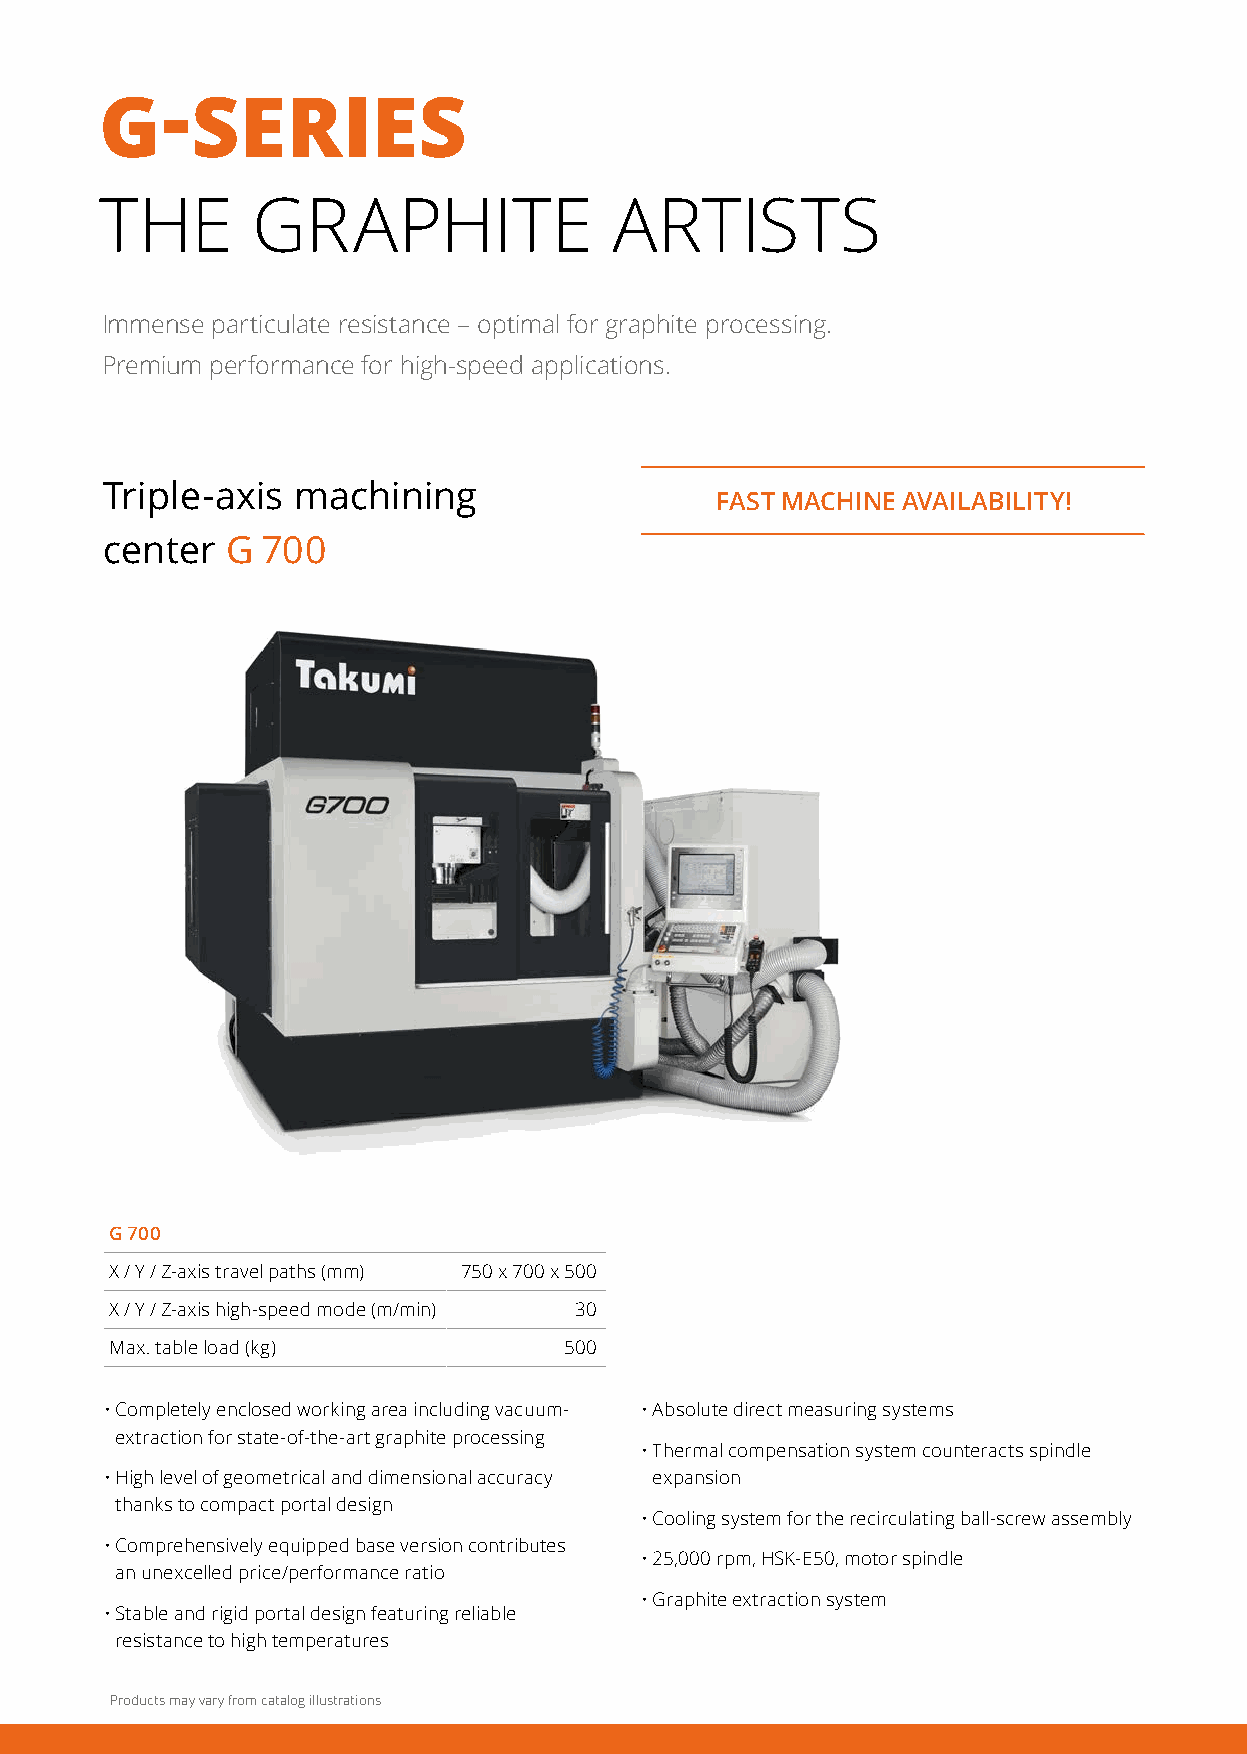
-
 G     SERIES
 THE       GRAPHITE                ARTISTS
 Immense particulate resistance – optimal for graphite processing.
 Premium performance for high-speed applications.
 Triple-axis machining
 FAST MACHINE AVAILABILITY!
 center  G 700
 G 700
 X / Y / Z-axis travel paths (mm) 750 x 700 x 500
 X / Y / Z-axis high-speed mode (m/min) 30
 Max. table load (kg)          500
 • Completely enclosed working area including vacuum- • Absolute direct measuring systems
 extraction for state-of-the-art graphite processing
 • Thermal compensation system counteracts spindle
 • High level of geometrical and dimensional accuracy expansion
 thanks to compact portal design
 • Cooling system for the recirculating ball-screw assembly
 • Comprehensively equipped base version contributes
 • 25,000 rpm, HSK-E50, motor spindle
 an unexcelled price/performance ratio
 • Graphite extraction system
 • Stable and rigid portal design featuring reliable
 resistance to high temperatures
 Products may vary from catalog illustrations